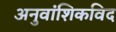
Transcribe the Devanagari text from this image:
अनुवांशिकविद